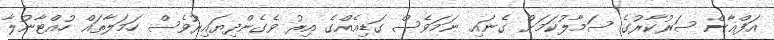
އަފްޣާން ސަރުކާރުގެ ސަމާލުކަމަށް ގެނައި ނަމަވެސް ގަޑިއެއްގެ އިރު ވެގެންދިޔައިރުވެސް ހަމަލާތައް ހުއްޓާނުލާ